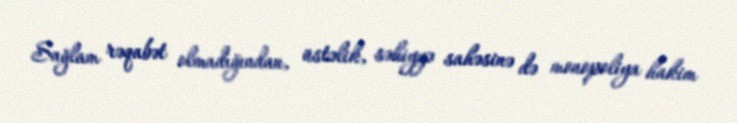
Sağlam rəqabət olmadığından, üstəlik, səhiyyə sahəsinə də monopoliya hakim